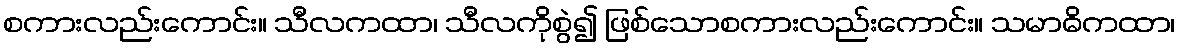
စကားလည်းကောင်း။ သီလကထာ၊ သီလကိုစွဲ၍ ဖြစ်သောစကားလည်းကောင်း။ သမာဓိကထာ၊